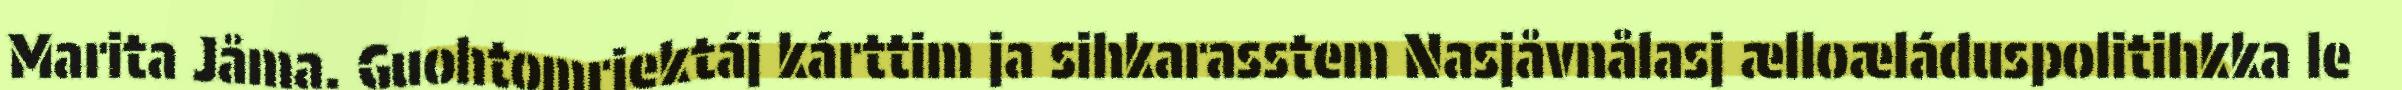
Marita Jåma. Guohtomriektáj kárttim ja sihkarasstem Nasjåvnålasj ælloæláduspolitihkka le